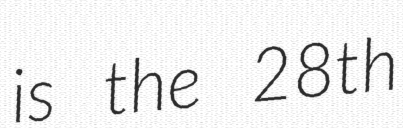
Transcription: is the 28th